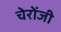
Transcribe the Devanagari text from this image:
चेरोंजी